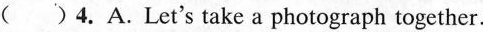
( )4.A.Let's take a photograph together.